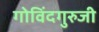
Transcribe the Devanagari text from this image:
गोविंदगुरुजी